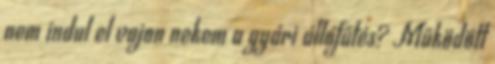
nem indul el vajon nekem a gyári állófűtés? Működött